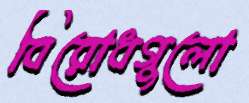
বিরোধগুলো